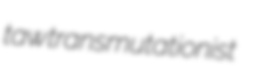
taw transmutationist